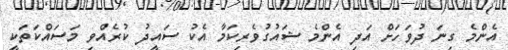
އެންމެ ގިނަ ދުވަހަށް އަދި އެންމެ ޝައުގުވެރިކަމާ އެކު ސައީދު ކުރެއްވި މަސައްކަތަކީ